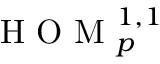
\mathrm { ~ H ~ O ~ M ~ } _ { p } ^ { 1 , 1 }